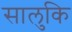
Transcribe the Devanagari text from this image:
सालुकि